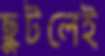
ছুটলেই